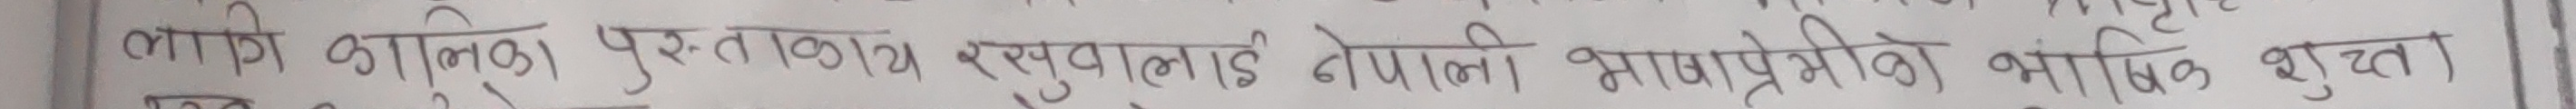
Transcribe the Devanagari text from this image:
लागि कालुक पुस्तक रसुवालाइ नेपाली भाषाप्रेमीको भाषिण सुत्न